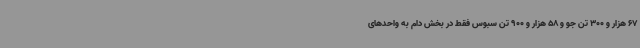
67 هزار و 300 تن جو و 58 هزار و 900 تن سبوس فقط در بخش دام به واحدهای